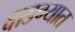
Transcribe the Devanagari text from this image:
वाडग्यात